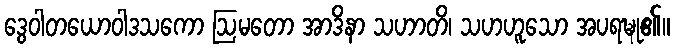
ဒွေဝါတယောဝါဒသကော ဩမတော အာဒိနာ သဟာတိ၊ သဟဟူသော အပရဍ္ဎု၏။